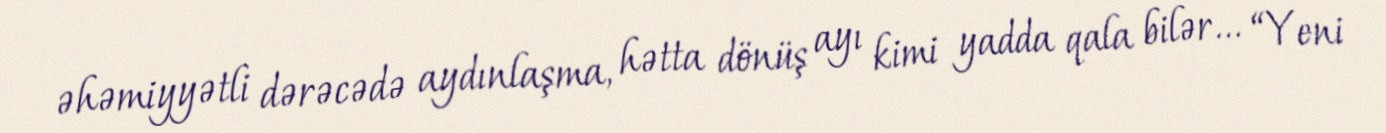
əhəmiyyətli dərəcədə aydınlaşma, hətta dönüş ayı kimi yadda qala bilər... “Yeni